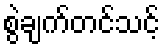
စွဲချက်တင်သင့်